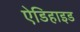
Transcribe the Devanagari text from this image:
ऐडिहाइड